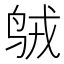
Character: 𱉣